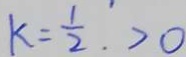
k = \frac { 1 } { 2 } . > 0